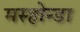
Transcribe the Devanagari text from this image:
मस्होन्डा